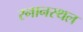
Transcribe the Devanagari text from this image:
स्नानस्थल